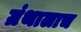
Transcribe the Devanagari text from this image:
ग्रंथालाच